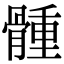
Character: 𩩳